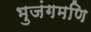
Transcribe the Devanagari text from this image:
भुजंगमणि